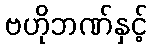
ဗဟိုဘဏ်နှင့်